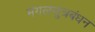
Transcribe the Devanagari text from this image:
मंगलसुत्रबंधन